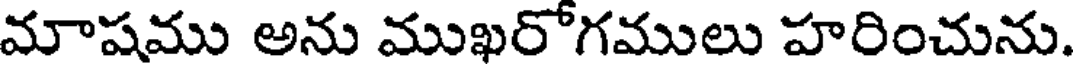
మాషము అను ముఖరోగములు హరించును.